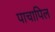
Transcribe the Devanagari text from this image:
पाचापिल